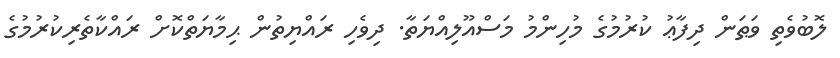
ލޮބުވެތި ވަޠަން ދިފާޢު ކުރުމުގެ މުހިންމު މަސްއޫލިއްޔަތާ. ދިވެހި ރައްޔިތުން ޙިމާޔަތްކޮށް ރައްކާތެރިކުރުމުގެ